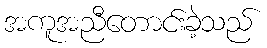
အကူအညီတောင်းခဲ့သည်